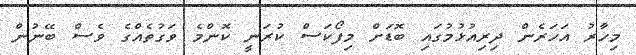
މިހާރު އަހަރެން ދިރިއުޅުމުގައި ބޮޑަށް މިފޯކަސް ކުރަނީ ކޮންމެ ވަގުތެއްގެ ވެސް ބޭނުން